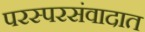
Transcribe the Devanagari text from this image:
परस्परसंवादात